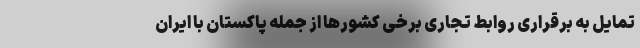
تمایل به برقراری روابط تجاری برخی کشورها از جمله پاکستان با ایران